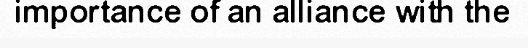
importance of an alliance with the